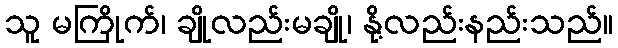
သူ မကြိုက်၊ ချိုလည်းမချို၊ နို့လည်းနည်းသည်။